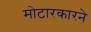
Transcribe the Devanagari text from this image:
मोटारकारने